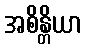
အစိန္တိယာ